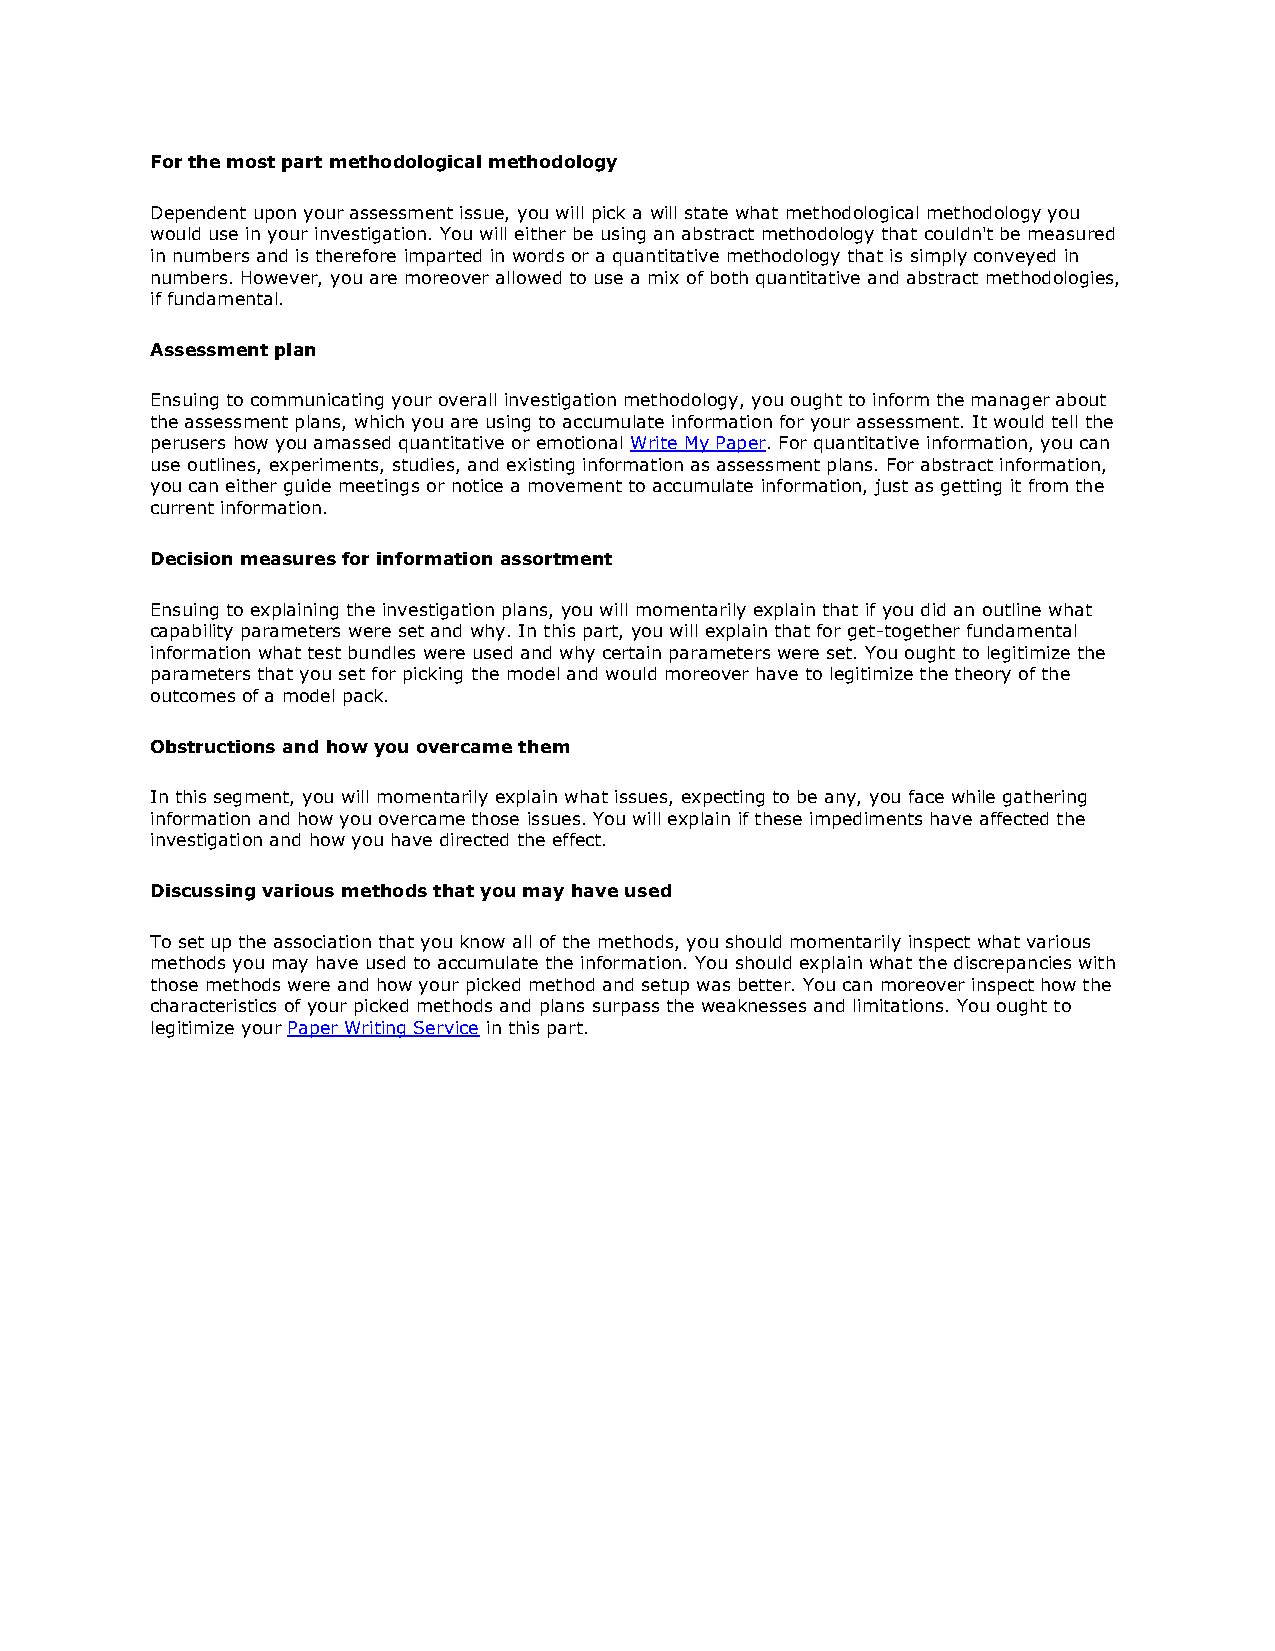
For the most part methodological methodology
 Dependent upon your assessment issue, you will pick a will state what methodological methodology you
 would use in your investigation. You will either be using an abstract methodology that couldn't be measured
 in numbers and is therefore imparted in words or a quantitative methodology that is simply conveyed in
 numbers. However, you are moreover allowed to use a mix of both quantitative and abstract methodologies,
 if fundamental.
 Assessment plan
 Ensuing to communicating your overall investigation methodology, you ought to inform the manager about
 the assessment plans, which you are using to accumulate information for your assessment. It would tell the
 perusers how you amassed quantitative or emotional Write My Paper. For quantitative information, you can
 use outlines, experiments, studies, and existing information as assessment plans. For abstract information,
 you can either guide meetings or notice a movement to accumulate information, just as getting it from the
 current information.
 Decision measures for information assortment
 Ensuing to explaining the investigation plans, you will momentarily explain that if you did an outline what
 capability parameters were set and why. In this part, you will explain that for get-together fundamental
 information what test bundles were used and why certain parameters were set. You ought to legitimize the
 parameters that you set for picking the model and would moreover have to legitimize the theory of the
 outcomes of a model pack.
 Obstructions and how you overcame them
 In this segment, you will momentarily explain what issues, expecting to be any, you face while gathering
 information and how you overcame those issues. You will explain if these impediments have affected the
 investigation and how you have directed the effect.
 Discussing various methods that you may have used
 To set up the association that you know all of the methods, you should momentarily inspect what various
 methods you may have used to accumulate the information. You should explain what the discrepancies with
 those methods were and how your picked method and setup was better. You can moreover inspect how the
 characteristics of your picked methods and plans surpass the weaknesses and limitations. You ought to
 legitimize your Paper Writing Service in this part.